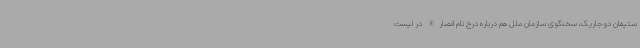
ستیفان دوجاریک، سخنگوی سازمان ملل هم درباره درج نام انصارالله در لیست